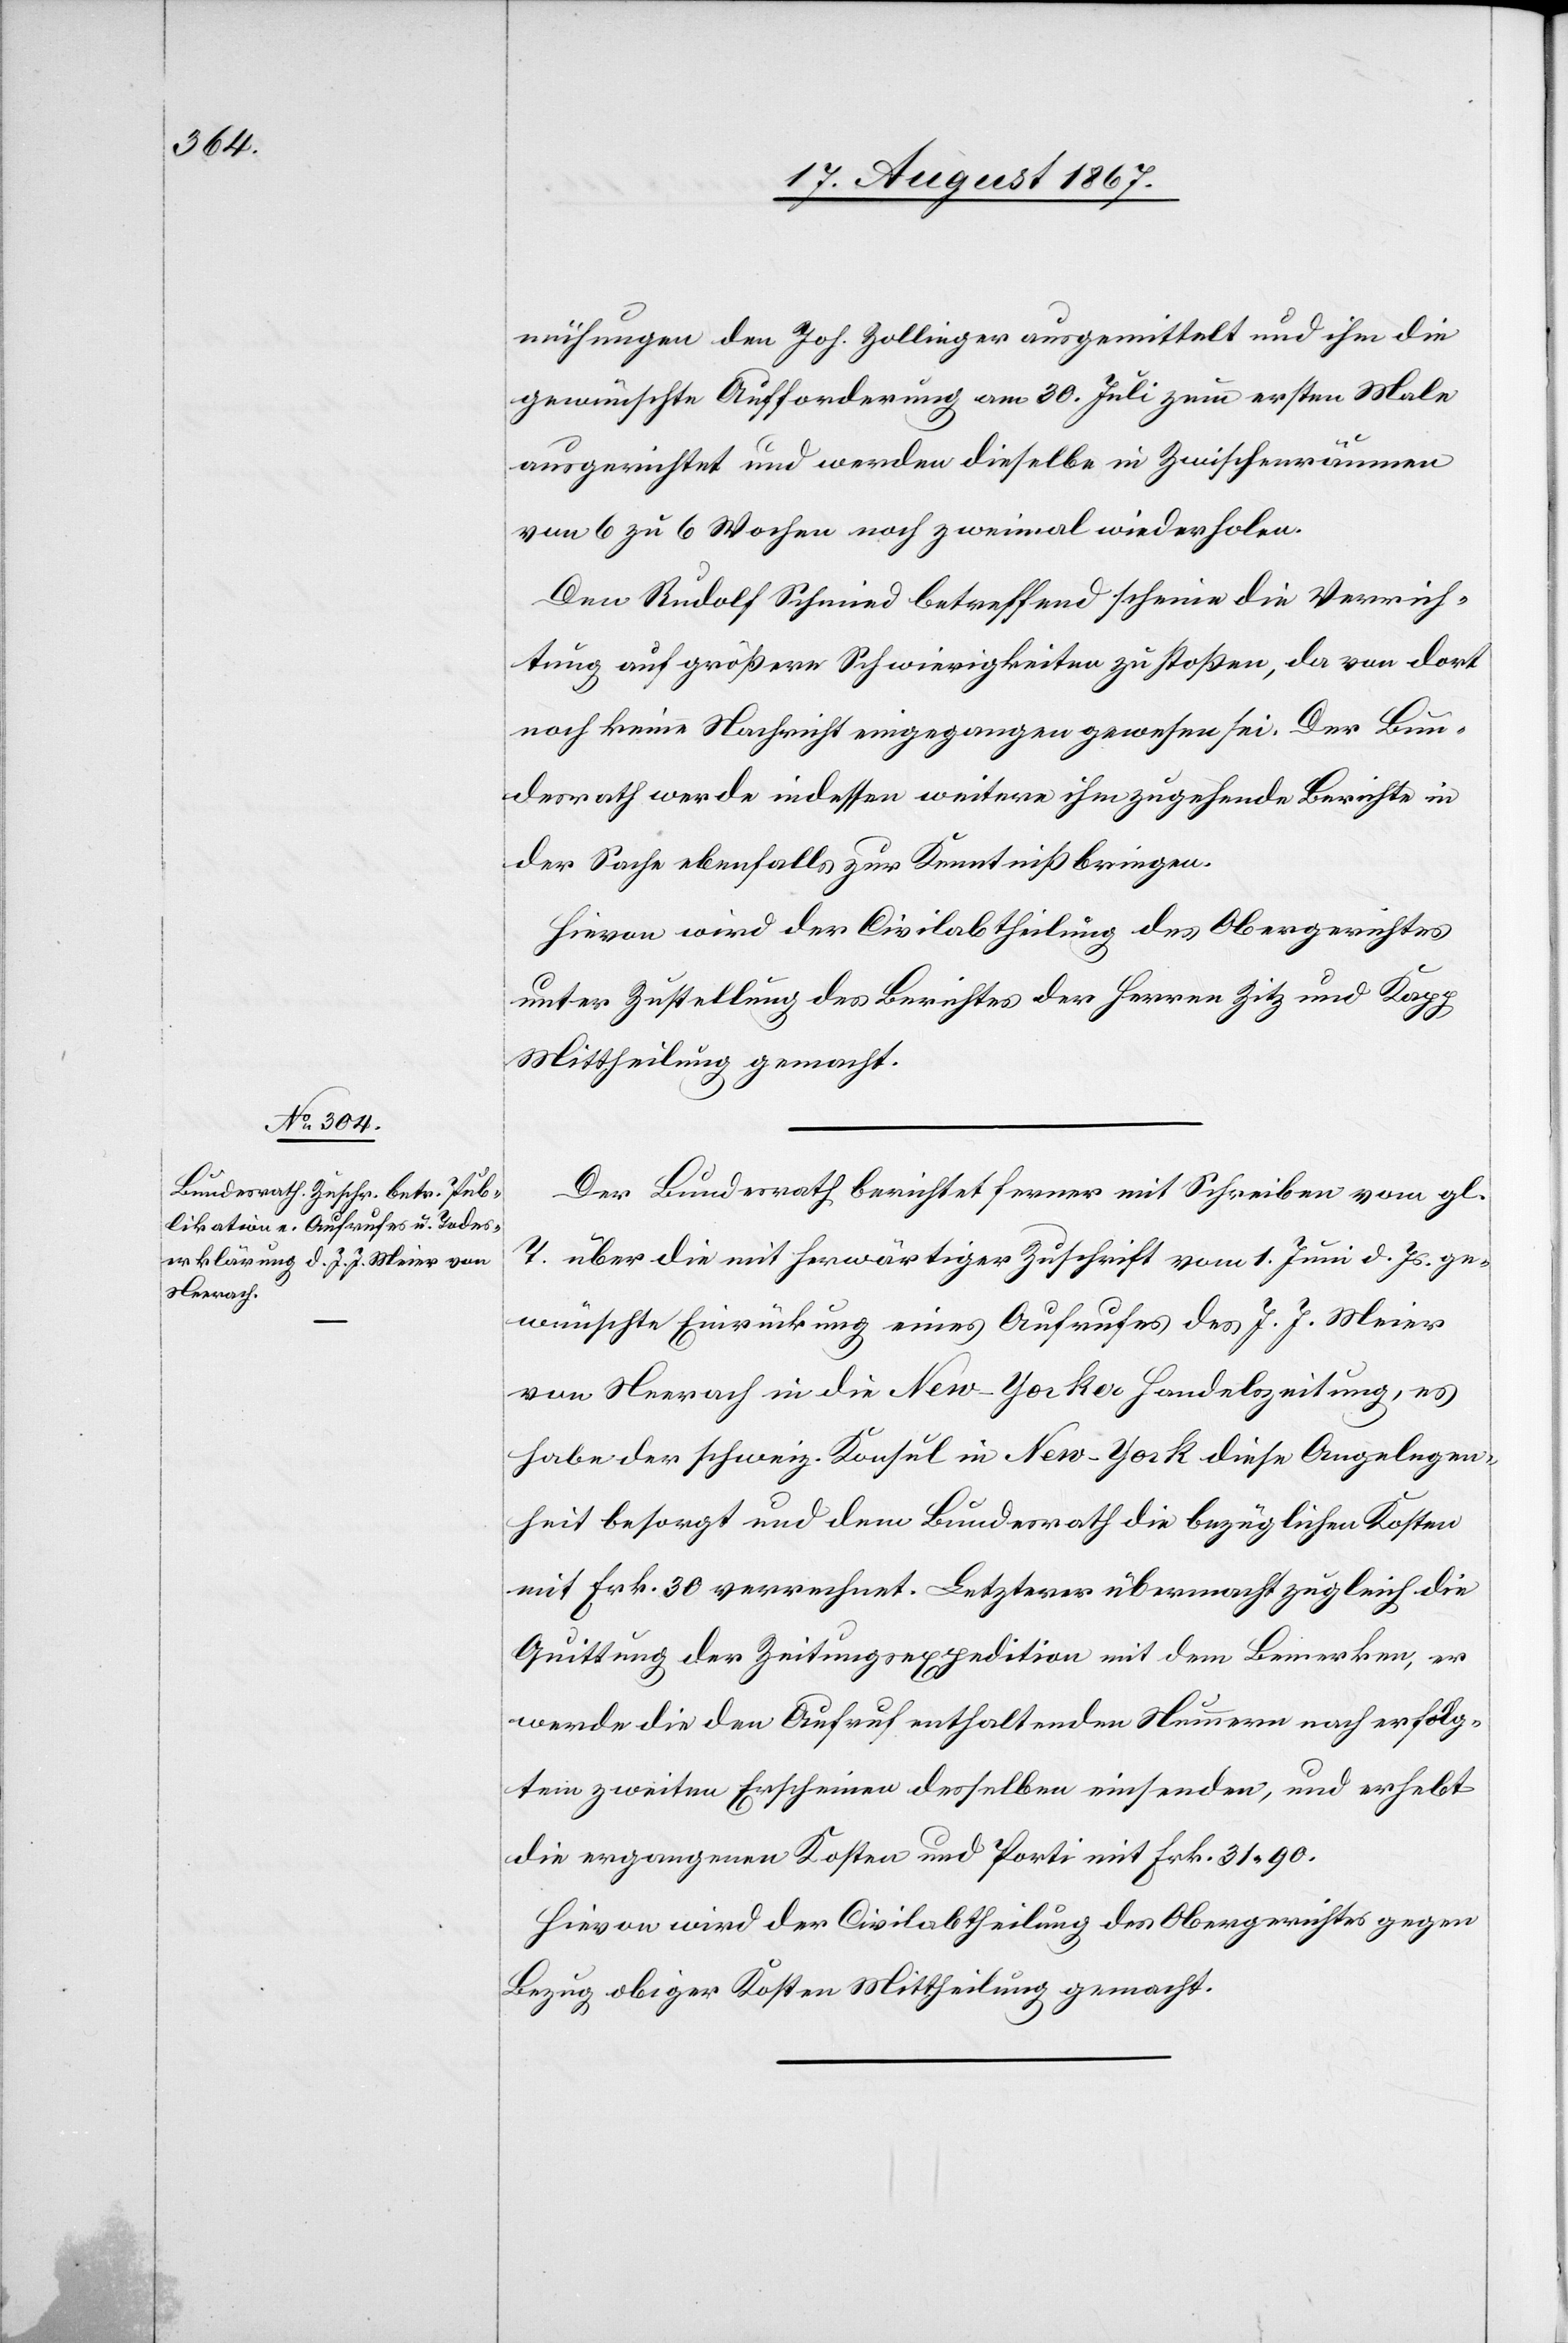
22. August 1867.]
mühungen den Joh. Zollinger ausgemittelt und ihm die
gewünschte Aufforderung am 30. Juli zum ersten Male
ausgerichtet und werden dieselbe in Zwischenräumen
von 6 zu 6 Wochen noch zweimal wiederholen.
Den Rudolf Schmid betreffend scheine der Verrich¬
tung auf größere Schwierigkeiten zu stoßen, da von dort
noch keine Nachricht eingegangen gewesen sei. Der Bun¬
desrath werde indessen weitere ihm zugehende Berichte in
der Sache ebenfalls zur Kenntniß bringen.
Hievon wird der Civilabtheilung des Obergerichtes
unter Zustellung des Berichtes der Herrn Zitz und Kapp
Mittheilung gemacht.
Der Bundesrath berichtet ferner mit Schreiben vom gl.
T. über die mit herwärtiger Zuschrift vom 1. Juni d. Js. ge¬
wünschte Einrückung eines Aufrufes des J. J. Meier
von Neerach in die New-Yorker Handelszeitung, es
habe der schweiz. Konsul in New-York diese Angelegen¬
heit besorgt und dem Bundesrath die bezüglichen Kosten
mit Frk. 30 verrechnet. Letzterer übermacht zugleich die
Quittung der Zeitungsexpedition mit dem Bemerken, er
werde die den Aufruf enthaltenden Nummern nach erfolg¬
tem zweiten Erscheinen desselben einsenden, und erhebt
die ergangenen Kosten und Porti mit Frk. 31.90.
Hievon wird der Civilabtheilung des Obergerichtes gegen
Bezug obiger Kosten Mittheilung gemacht.